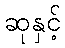
ဆုနှင့်